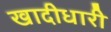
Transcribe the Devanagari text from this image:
खादीधारी